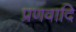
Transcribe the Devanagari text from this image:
प्रणवादि